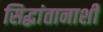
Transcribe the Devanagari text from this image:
सिद्धांतानाशी